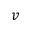
v